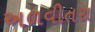
અળવીતરા